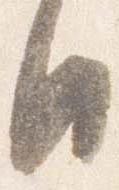
日